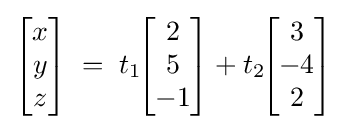
{\begin{bmatrix}x\\y\\z\end{bmatrix}}\;=\;t_{1}\!{\begin{bmatrix}2\\5\\-1\end{bmatrix}}+t_{2}\!{\begin{bmatrix}3\\-4\\2\end{bmatrix}}